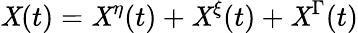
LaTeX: \mathit{X}(t)=\mathit{X}^{\eta}(t)+\mathit{X}^{\xi}(t)+\mathit{X}^{\Gamma}(t)